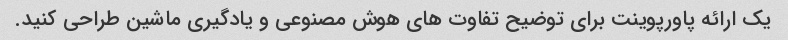
یک ارائه پاورپوینت برای توضیح تفاوت های هوش مصنوعی و یادگیری ماشین طراحی کنید.